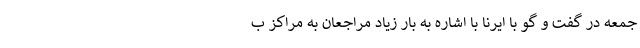
جمعه در گفت و گو با ایرنا با اشاره به بار زیاد مراجعان به مراکز ب